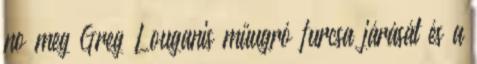
no meg Greg Louganis műugró furcsa járását és a